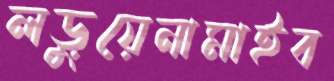
লড়ুয়েনামাইব